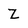
Character: Z